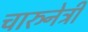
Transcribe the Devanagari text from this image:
चारुनेत्री